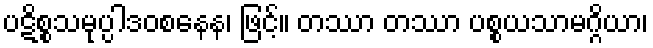
ပဋိစ္စသမုပ္ပါဒဝစနေန၊ ဖြင့်။ တဿာ တဿာ ပစ္စယသာမဂ္ဂိယာ၊